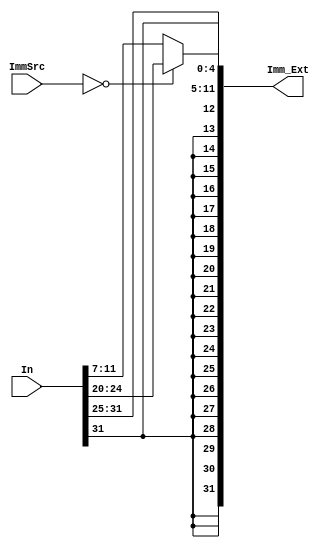
// This program was cloned from: https://github.com/theuppercaseguy/FYP--Risc-V-32-bit-Matrix-Mac
// License: GNU General Public License v3.0

`timescale 1ns / 1ps
//////////////////////////////////////////////////////////////////////////////////
// Company: 
// Engineer: 
// 
// Design Name: 
// Module Name: Sign_Extend
// Project Name: 
// Target Devices: 
// Tool Versions: 
// Description: 
// 
// Dependencies: 
// 
// Revision:
// Revision 0.01 - File Created
// Additional Comments:
// 
//////////////////////////////////////////////////////////////////////////////////


module Sign_Extend( //our imm values are of 12 bits, we are sign extending it to 32 bits
        input [31:0] In,//inputs bits
        input [1:0] ImmSrc,
        output [31:0] Imm_Ext// output bits 
    );
    
    //extending by 20 bits which are the same as the MSB of th Input, so signed value is contained
     assign Imm_Ext =  (ImmSrc == 2'b00) ? ( { { 20{ In[31] } } , { In[31:20] } } ) :                   //Instruction[31:20] => LW => immExt [11:0]
                                           ( { { 20{ In[31] } } , { In[31:25],In[11:7] }  } );          //SW => BEW = same thing
                       //(ImmSrc == 2'b10) ? ( { { 20{ In[31] } } , { In[11:7] }  } ):             //BEQ => In[12][10:1][11]
                                          // ( { { 20{ In[31] } } , { In[31:20] } } );                    //LW  same as above  
                       

endmodule